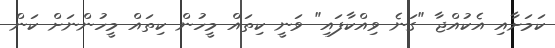
ކަމަށާއި އެކުއްޖާ "ގަނެ ވިއްކާފައި" ވަނީ ކިތައް މީހުން ކިތައް މީހުންނަށް ކަން